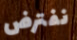
نفترض